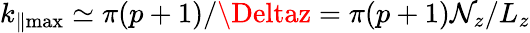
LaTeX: k_{\parallel\operatorname*{max}}\simeq\pi(p+1)/\Deltaz=\pi(p+1)\mathcal{N}_{z}/L_{z}